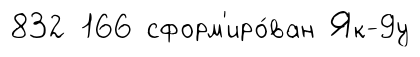
832 166 сформ'иро́ван Як-9у